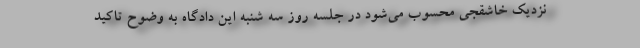
نزدیک خاشقجی محسوب می‌شود در جلسه روز سه شنبه این دادگاه به وضوح تاکید